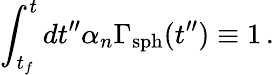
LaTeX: \int_{t_{f}}^{t}dt^{\prime\prime}\alpha_{n}\Gamma_{\mathrm{sph}}(t^{\prime\prime})\equiv 1\, .